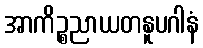
အာကိဉ္စညာယတနူပဂါနံ